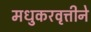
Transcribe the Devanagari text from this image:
मधुकरवृत्तीने